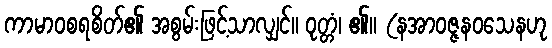
ကာမာဝစရစိတ်၏ အစွမ်းဖြင့်သာလျှင်။ ဝုတ္တံ၊ ၏။ (နအာဝဇ္ဇနဝသေနဟု